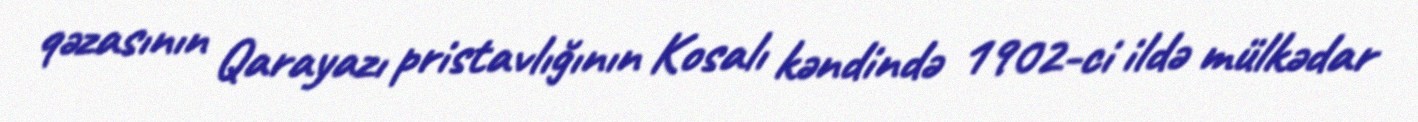
qəzasının Qarayazı pristavlığının Kosalı kəndində 1902-ci ildə mülkədar